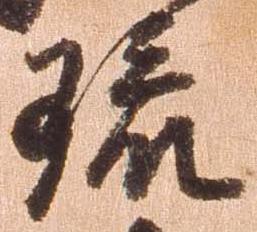
琉